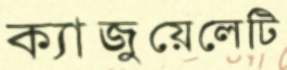
ক্যাজুয়েলেটি